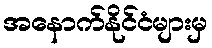
အနောက်နိုင်ငံများမှ